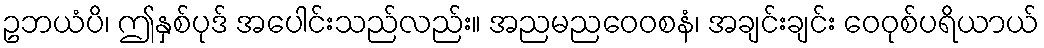
ဥဘယံပိ၊ ဤနှစ်ပုဒ် အပေါင်းသည်လည်း။ အညမညဝေဝစနံ၊ အချင်းချင်း ဝေဝုစ်ပရိယာယ်